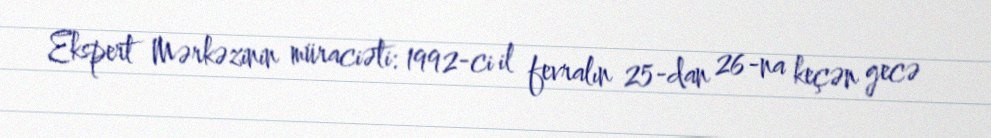
Ekspert Mərkəzinin müraciəti: 1992-ci il fevralın 25-dan 26-na keçən gecə